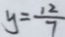
y = \frac { 1 2 } { 7 }